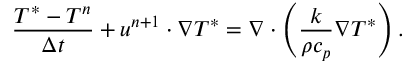
\frac { T ^ { * } - T ^ { n } } { \Delta t } + \boldsymbol { u } ^ { n + 1 } \cdot \nabla T ^ { * } = \nabla \cdot \left( \frac { k } { \rho c _ { p } } \nabla T ^ { * } \right) .